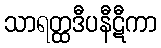
သာရတ္ထဒီပနီဋီကာ